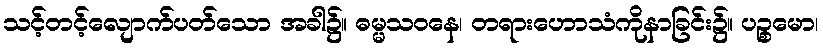
သင့်တင့်လျောက်ပတ်သော အခါ၌။ ဓမ္မသဝနေ၊ တရားဟောသံကိုနာခြင်း၌။ ပဉ္စမော၊